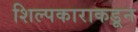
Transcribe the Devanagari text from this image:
शिल्पकाराकडून